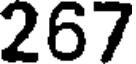
267